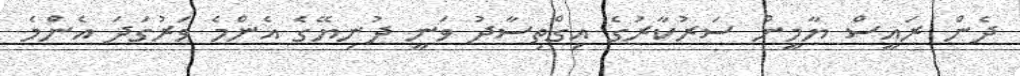
ދެން ރައީސް ޔާމީން ސަަރުކާރުގެ އިގްތިސާދު ވަނީ ދުނިޔޭގެ އެންމެ ވަރުގަދަ އެންމެ